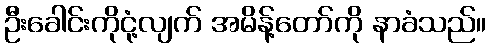
ဦးခေါင်းကိုငုံ့လျက် အမိန့်တော်ကို နာခံသည်။